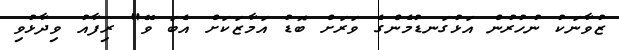
ޒުވާނަކު ނުހުރުން އަޅުގަނޑުމެންގެ ވަރަށް ބޮޑު އަމާޒަކަށް އެބަ ވޭ" ރިފާއު ވިދާޅުވި